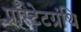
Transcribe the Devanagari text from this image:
प्रॉस्टेटग्रंथि